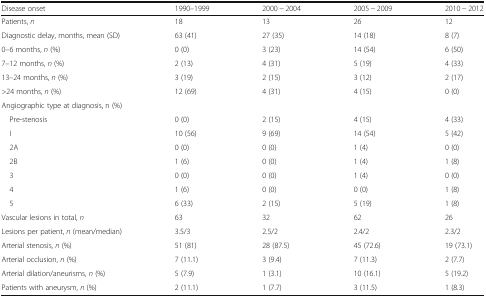
| Disease onset | 1990–1999 | 2000 − 2004 | 2005 − 2009 | 2010 − 2012 |
 | --- | --- | --- | --- | --- |
 | Patients, n | 18 | 13 | 26 | 12 |
 | Diagnostic delay, months, mean (SD) | 63 (41) | 27 (35) | 14 (18) | 8 (7) |
 | 0–6 months, n (%) | 0 (0) | 3 (23) | 14 (54) | 6 (50) |
 | 7–12 months, n (%) | 2 (13) | 4 (31) | 5 (19) | 4 (33) |
 | 13–24 months, n (%) | 3 (19) | 2 (15) | 3 (12) | 2 (17) |
 | >24 months, n (%) | 12 (69) | 4 (31) | 4 (15) | 0 (0) |
 | <COLSPAN=5> Angiographic type at diagnosis, n (%) |
 | Pre-stenosis | 0 (0) | 2 (15) | 4 (15) | 4 (33) |
 | I | 10 (56) | 9 (69) | 14 (54) | 5 (42) |
 | 2A | 0 (0) | 0 (0) | 1 (4) | 0 (0) |
 | 2B | 1 (6) | 0 (0) | 1 (4) | 1 (8) |
 | 3 | 0 (0) | 0 (0) | 1 (4) | 0 (0) |
 | 4 | 1 (6) | 0 (0) | 0 (0) | 1 (8) |
 | 5 | 6 (33) | 2 (15) | 5 (19) | 1 (8) |
 | Vascular lesions in total, n | 63 | 32 | 62 | 26 |
 | Lesions per patient, n (mean/median) | 3.5/3 | 2.5/2 | 2.4/2 | 2.3/2 |
 | Arterial stenosis, n (%) | 51 (81) | 28 (87.5) | 45 (72.6) | 19 (73.1) |
 | Arterial occlusion, n (%) | 7 (11.1) | 3 (9.4) | 7 (11.3) | 2 (7.7) |
 | Arterial dilation/aneurisms, n (%) | 5 (7.9) | 1 (3.1) | 10 (16.1) | 5 (19.2) |
 | Patients with aneurysm, n (%) | 2 (11.1) | 1 (7.7) | 3 (11.5) | 1 (8.3) |